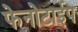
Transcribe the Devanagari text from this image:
फेनोटाईप